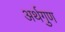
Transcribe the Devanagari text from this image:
अर्थगुण